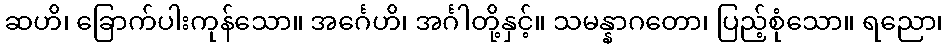
ဆဟိ၊ ခြောက်ပါးကုန်သော။ အင်္ဂေဟိ၊ အင်္ဂါတို့နှင့်။ သမန္နာဂတော၊ ပြည့်စုံသော။ ရညော၊